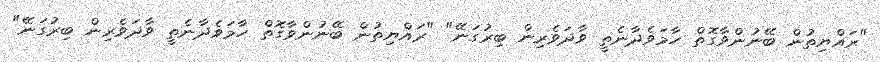
"ރައްޔިތުން ބޭނުންވާގޮތް ހާމަވެދާނެތީ ވާދަވެރިން ބިރުގަނޭ" "ރައްޔިތުން ބޭނުންވާގޮތް ހާމަވެދާނެތީ ވާދަވެރިން ބިރުގަނޭ"